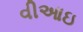
વીઆઇ